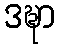
ဒဍ္ဎာ